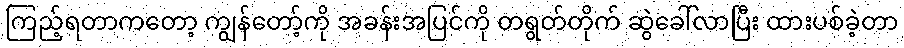
ကြည့်ရတာကတော့ ကျွန်တော့်ကို အခန်းအပြင်ကို တရွတ်တိုက် ဆွဲခေါ်လာပြီး ထားပစ်ခဲ့တာ